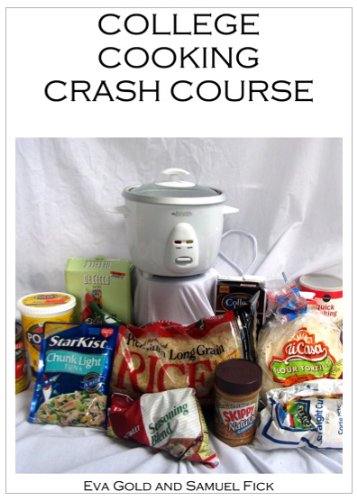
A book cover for College Cooking Crash Course; Samuel Fick; Cookbooks, Food & Wine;